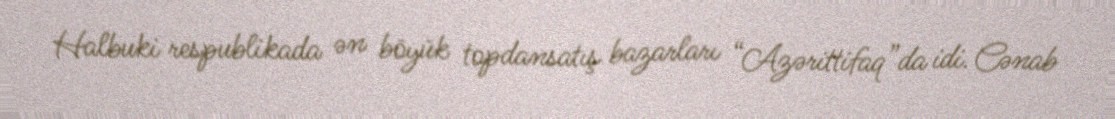
Halbuki respublikada ən böyük topdansatış bazarları “Azərittifaq”da idi. Cənab